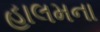
હાલમના